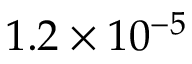
1 . 2 \times 1 0 ^ { - 5 }